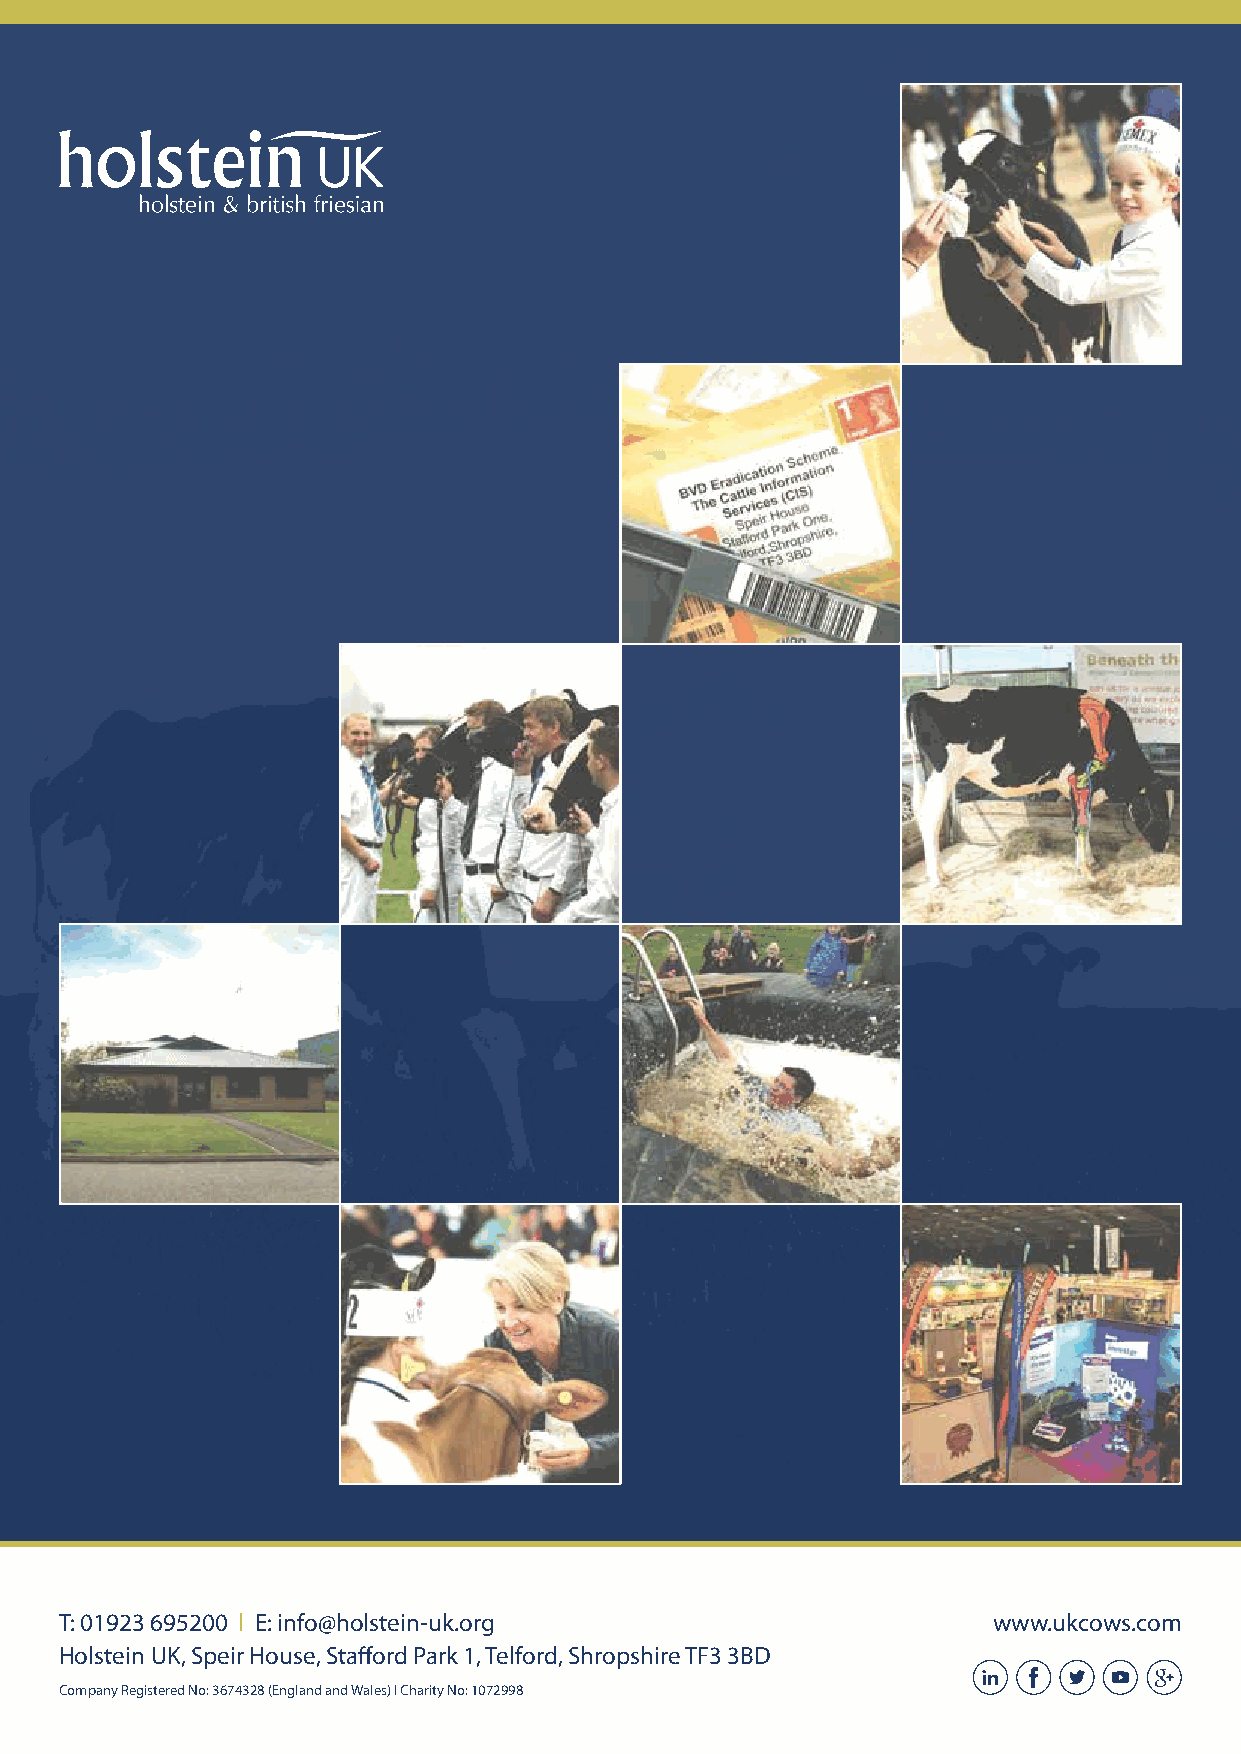
T: 01923 695200 l E: info@holstein-uk.org                     www.ukcows.com
 Holstein UK, Speir House, Stafford Park 1, Telford, Shropshire TF3 3BD
 Company Registered No: 3674328 (England and Wales) l Charity No: 1072998